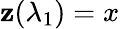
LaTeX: \mathbf{z}(\lambda_{1})=x